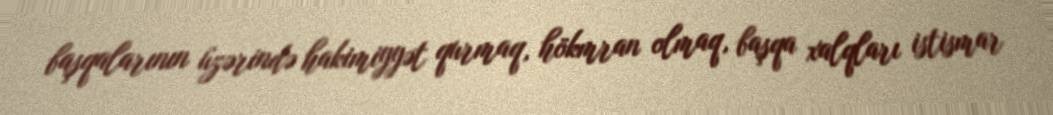
başqalarının üzərində hakimiyyət qurmaq, hökmran olmaq, başqa xalqları istismar